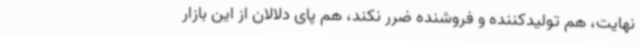
نهایت، هم تولیدکننده و فروشنده ضرر نکند، هم پای دلالان از این بازار